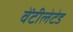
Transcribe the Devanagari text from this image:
वेंटीलेटेड